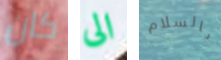
كان الى بالسلام